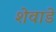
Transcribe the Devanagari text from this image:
शेवाडे